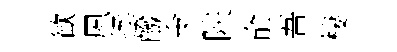
歓夙拯醱苓陕俞吾棲